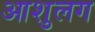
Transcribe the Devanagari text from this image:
आशुलग